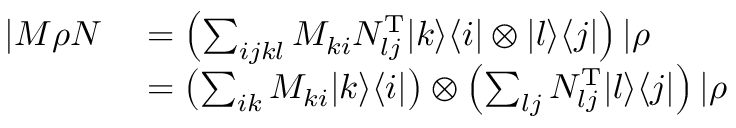
\begin{array} { r l } { | M \rho N \rrangle } & { = \left( \sum _ { i j k l } M _ { k i } N _ { l j } ^ { \mathrm { T } } | k \rangle \langle i | \otimes | l \rangle \langle j | \right) | \rho \rrangle } \\ & { = \left( \sum _ { i k } M _ { k i } | k \rangle \langle i | \right) \otimes \left( \sum _ { l j } N _ { l j } ^ { \mathrm { T } } | l \rangle \langle j | \right) | \rho \rrangle } \end{array}